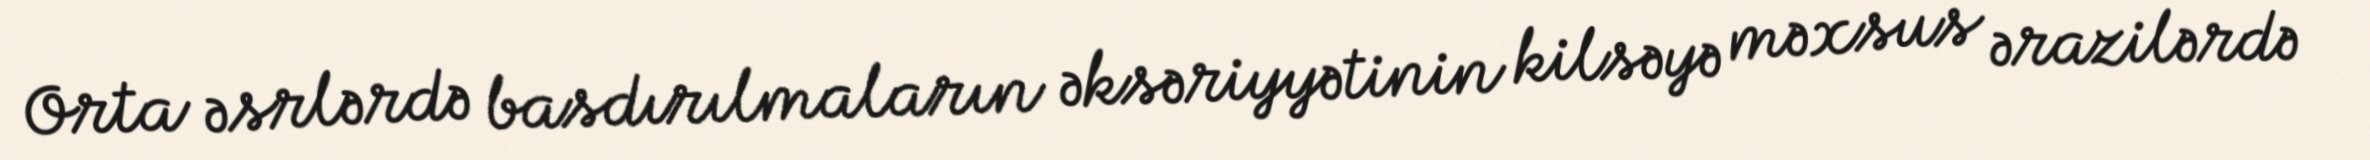
Orta əsrlərdə basdırılmaların əksəriyyətinin kilsəyə məxsus ərazilərdə